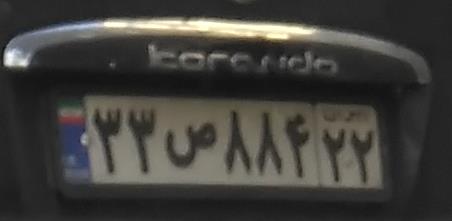
۳۳ص۸۸۴۲۲